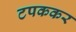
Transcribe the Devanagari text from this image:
टपककर